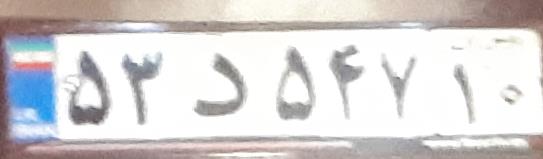
۵۳د۵۴۷۱۰